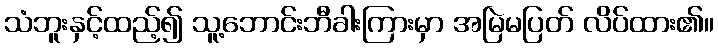
သံဘူးနှင့်ထည့်၍ သူ့ဘောင်းဘီခါးကြားမှာ အမြဲမပြတ် လိပ်ထား၏။